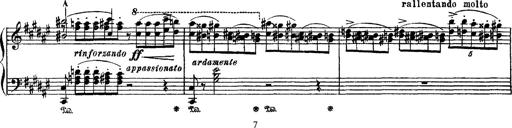
Title: Apparitions
Composer: Franz Liszt